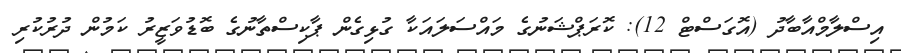
އިސްލާމްއާބާދު (އޮގަސްޓް 12): ކޮރަޕްޝަނުގެ މައްސަލައަކާ ގުޅިގެން ޕާކިސްތާނުގެ ބޮޑުވަޒީރު ކަމުން ދުރުކުރި